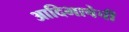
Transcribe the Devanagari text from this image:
आदिभाषेची